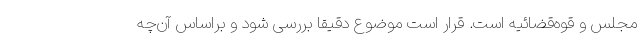
مجلس و قوه‌قضائیه است. قرار است موضوع دقیقا بررسی شود و براساس آن‌چه